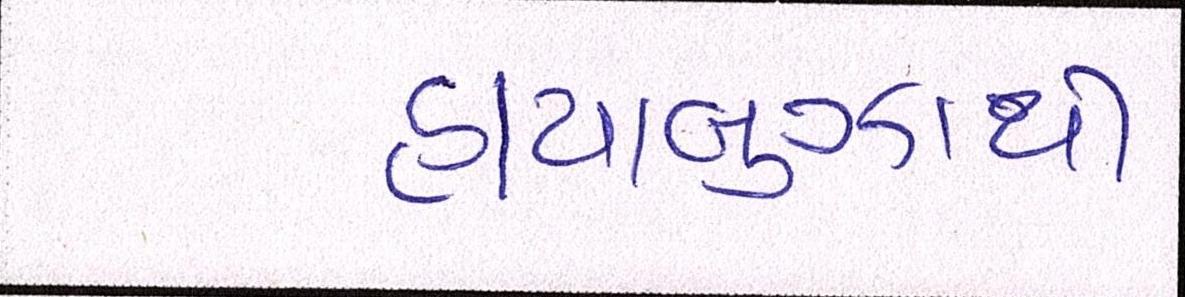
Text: હાયાબુઝાથી